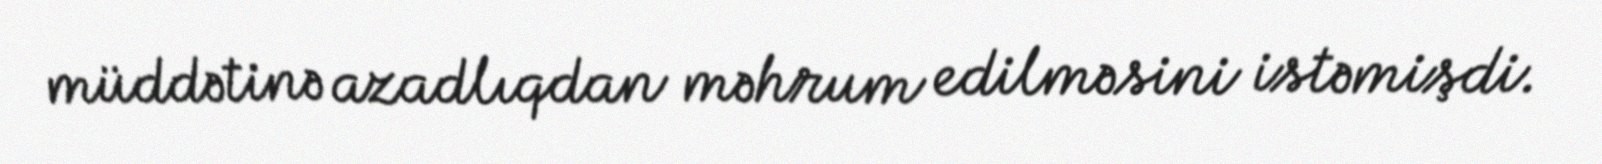
müddətinə azadlıqdan məhrum edilməsini istəmişdi.